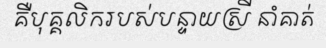
គឺបុគ្គលិករបស់បន្ទាយស្រី នាំគាត់